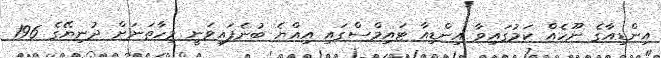
އިންޑިއާގެ ނޫހެއް ކަމުގައިވާ އިންޑިއާ ޓައިމްސްގައި އިއްޔެ ބުނެފައިވަނީ މިހާތަނަށް ދުނިޔޭގެ 196